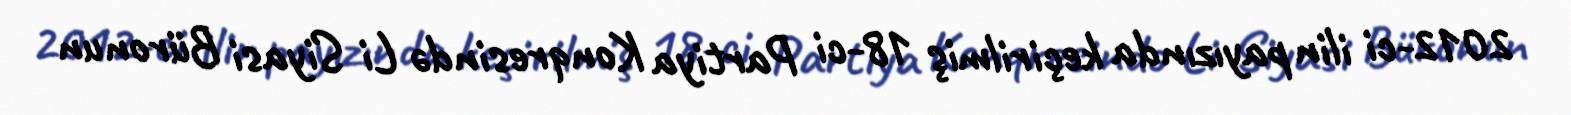
2012-ci ilin payızında keçirilmiş 18-ci Partiya Konqresində Li Siyasi Büronun